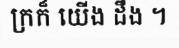
ក្រក៏ យើង ដឹង ។